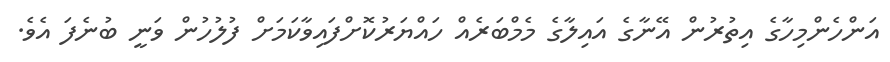
އަންހެންމިހާގެ އިތުރުން އޭނާގެ އައިލާގެ މެމްބަރެއް ހައްޔަރުކޮށްފައިވާކަމަށް ފުލުހުން ވަނީ ބުނެފަ އެވެ.